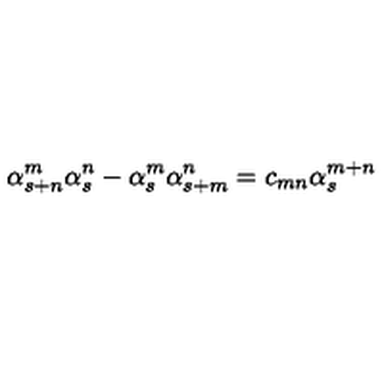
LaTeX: \alpha _ { s + n } ^ { m } \alpha _ { s } ^ { n } - \alpha _ { s } ^ { m } \alpha _ { s + m } ^ { n } = c _ { m n } \alpha _ { s } ^ { m + n }